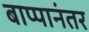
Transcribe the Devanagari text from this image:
बाप्पानंतर